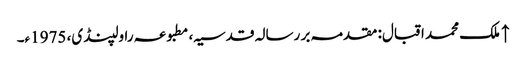
↑ ملک محمد اقبال: مقدمہ بر رسالہ قدسیہ، مطبوعہ راولپنڈی، 1975ء۔